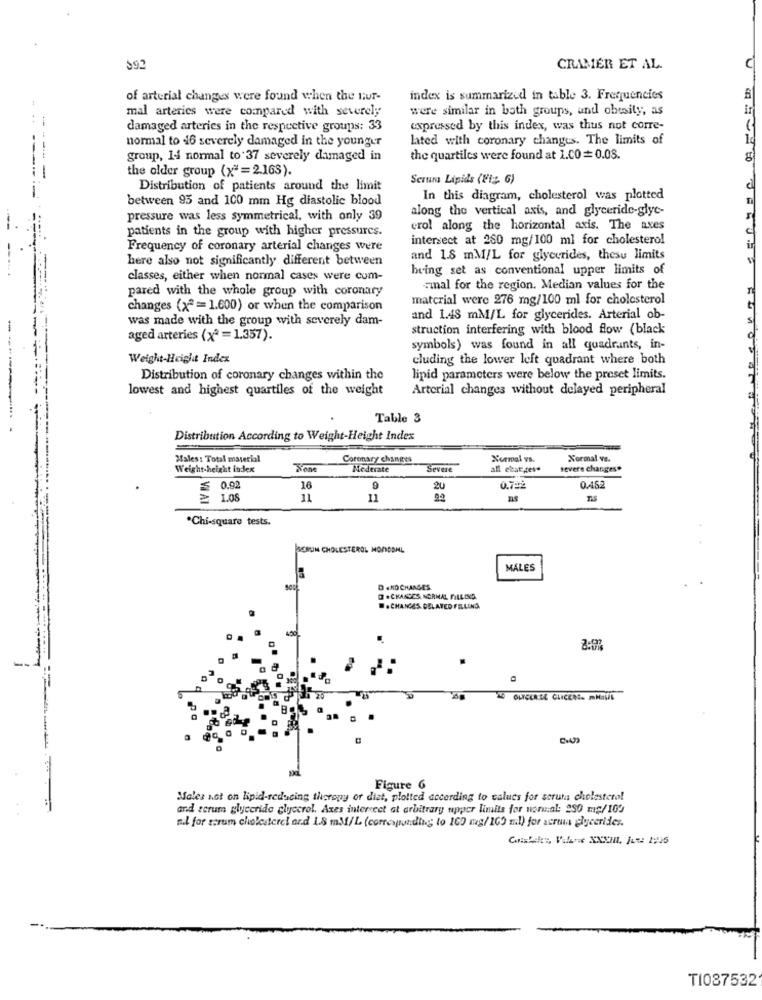
$92
CRAMER ET AL.
of arterial changes were found when the tur-
index is summarized in table 3. Frequencies
mal arteries were compared with severely
were similar in both groups, and obesity, as
damaged arteries in the respective groups: 33
expressed by this index, was thus not corre-
--
normal to 46 severely damaged in the younger
lated with coronary changes. The limits of
---
group, I4 normal to 37 severely damaged in
the quartiles were found at 1.00 = 0.08.
the older group (x= = 2.163).
-
Seruna Lipids (Fi; 6)
Distribution of patients around the limit
0
between 95 and 100 mm Hg diastolic blood
In this diagram, cholesterol was plotted
along the vertical axis, and glyceride-glyc-
pressure was less symmetrical, with only 39
patients in the group with higher pressures.
crol along the horizontal axis. The axes
intersect at 280 mg/100 ml for cholesterol
Frequency of coronary arterial changes were
here also not significantly different between
and 1.8 mM/L for glycerides, these limits
being set as conventional upper limits of
classes, either when normal cases were com-
pared with the whole group with coronary
Final for the region. Median values for the
material were 276 mg/100 ml for cholesterol
changes (x= = 1.600) or when the comparison
was made with the group with severely dam-
and 1.48 mM/L for glycerides. Arterial ob-
-
struction interfering with blood flow (black
aged arteries (x2 = 1.357).
symbols) was found in all quadrants, in-
Weight-Height Index
cluding the lower left quadrant where both
Distribution of coronary changes within the
lipid parameters were below the preset limits.
lowest and highest quartiles of the weight
Arterial changes without delayed peripheral
Table 3
Distribution According to Weight-Height Index
Males: Total material
Coronary changes
Normal vs.
Xormal ve.
Weight height index
Tene
Moderate
Severe
all ctat ges*
severe changes*
$ 0.92
16
9
20
0.792
0.482
≥ 1.08
11
11
02
TIS
.Chi-square tests.
SCRUM CHOLESTEROL MONOSHL
MALES
D .KOCHAMGES
@ . CHANCES NORMAL FILLING
.CHANGES DELAYED FELLING.
OLYCKA.SE CLICEN. MNOUL
Figure 6
Males act on lipid-reducing theropy or diat, plotted according to values for seruma cholesterol
and scrum glyceride glycerol. Axes interect at arbitrary upper limits for normal: 250 mg/100
n.l for serum cholesterel ard 1.8 mM/L (corresponding to 100 mg/100 ml) for acronis glycerides.
TI087532